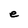
Character: e